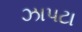
ઝાપટા